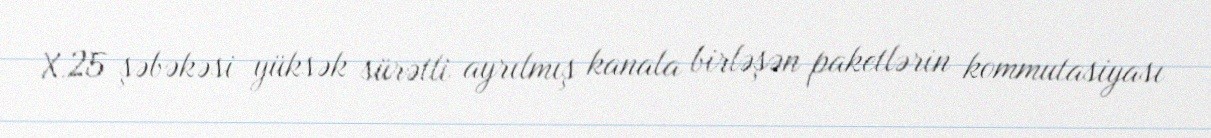
X.25 şəbəkəsi yüksək sürətli ayrılmış kanala birləşən paketlərin kommutasiyası